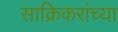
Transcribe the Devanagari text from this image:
साक्रिकरांच्या